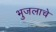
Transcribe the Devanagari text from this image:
भुजलाचे